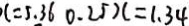
x = 5 . 3 6 0 . 2 5 x = 1 . 3 4